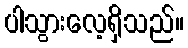
ပါသွားလေ့ရှိသည်။